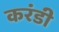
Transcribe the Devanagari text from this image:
करंडी